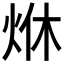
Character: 烌